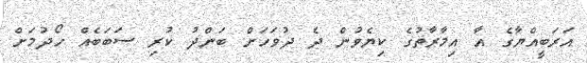
އަރަބީއްޔާގެ އާ އިމާރާތުގެ ކިޔެވުން ދެ ދުވަހަށް ބަންދު ކުރި ސަބަބެއް ހޯދުމަށް